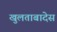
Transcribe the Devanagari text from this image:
खुलताबादेस